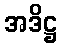
အဒိဋ္ဌ